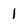
Character: 1